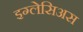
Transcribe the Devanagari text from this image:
इग्लेसिअस